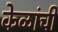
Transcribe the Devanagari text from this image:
केळांची